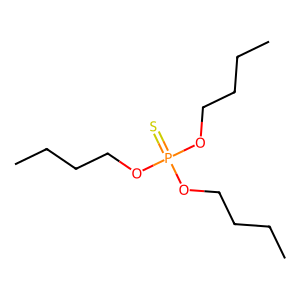
SMILES: CCCCOP(=S)(OCCCC)OCCCC
Inhibits HIV replication: No